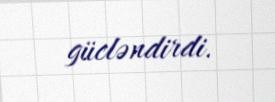
gücləndirdi.